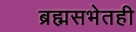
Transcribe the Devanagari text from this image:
ब्रह्मसभेतही